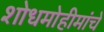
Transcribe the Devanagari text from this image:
शोधमोहीमांचे